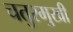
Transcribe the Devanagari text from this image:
चतुरमुखी